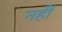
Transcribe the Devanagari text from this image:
नहीं